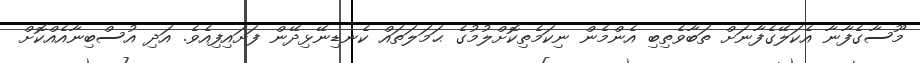
މޫސާގެފާނާ އެކަލޭގެފާނަށް ތަބާވެތިބި އެންމެން ނިކަމެތިކޮށްލުމުގެ ޙަމަލަތައް ކެނޑިނޭޅިދޭން ފަށައިފިއެވެ. އަދި އުސްބިނާއެއްކޮށް